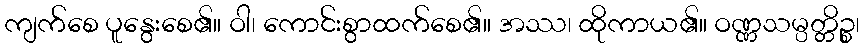
ကျက်စေ ပူနွေးစေ၏။ ဝါ၊ ကောင်းစွာထက်စေ၏။ အဿ၊ ထိုကာယ၏။ ဝဏ္ဏသမ္ပတ္တိဉ္စ၊